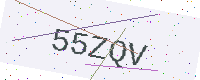
Text: 55ZQV